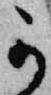
不